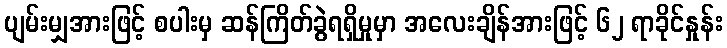
ပျမ်းမျှအားဖြင့် စပါးမှ ဆန်ကြိတ်ခွဲရရှိမှုမှာ အလေးချိန်အားဖြင့် ၆၂ ရာခိုင်နှုန်း